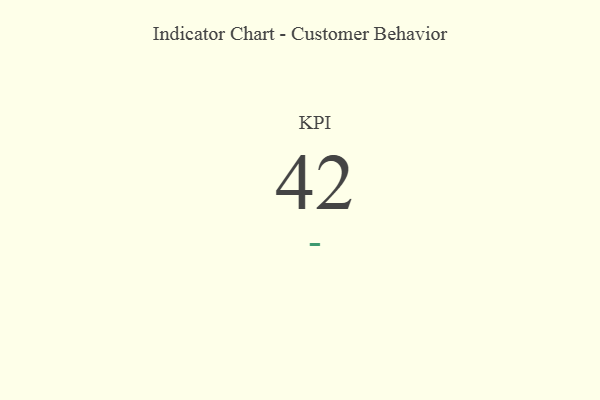
{"axis": {"x": "KPI", "y": "Value"}, "legend": [""], "data": [{"x": "KPI", "y": 42, "type": ""}]}